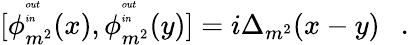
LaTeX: [\phi_{m^{2}}^{{\tiny\begin{array}{l}{{out}}\\ {{in}}\end{array}}}(x),\phi_{m^{2}}^{{\tiny\begin{array}{l}{{out}}\\ {{in}}\end{array}}}(y)]=i\Delta_{m^{2}}(x-y)~~~.